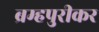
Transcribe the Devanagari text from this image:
ब्रम्हपुरीकर